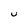
Character: U